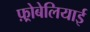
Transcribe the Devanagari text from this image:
फ़्रोबेलियाई